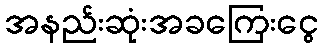
အနည်းဆုံးအခကြေးငွေ